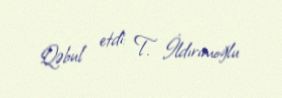
Qəbul etdi: T. İldırımoğlu